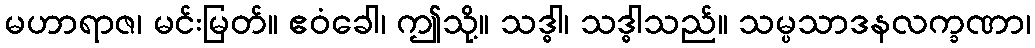
မဟာရာဇ၊ မင်းမြတ်။ ဧဝံခေါ၊ ဤသို့။ သဒ္ဓါ၊ သဒ္ဓါသည်။ သမ္ပသာဒနလက္ခဏာ၊